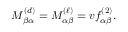
M _ { \beta \alpha } ^ { ( d ) } = M _ { \alpha \beta } ^ { ( \ell ) } = v f _ { \alpha \beta } ^ { ( 2 ) } .